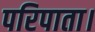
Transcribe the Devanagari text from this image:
परिपाता।